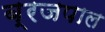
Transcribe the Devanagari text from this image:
ब्रजपाल